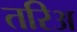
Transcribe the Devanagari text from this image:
तरिअ